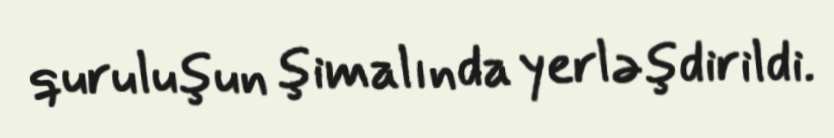
quruluşun şimalında yerləşdirildi.